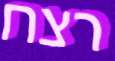
רצח